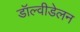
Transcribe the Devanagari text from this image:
डॉल्वीडेलन